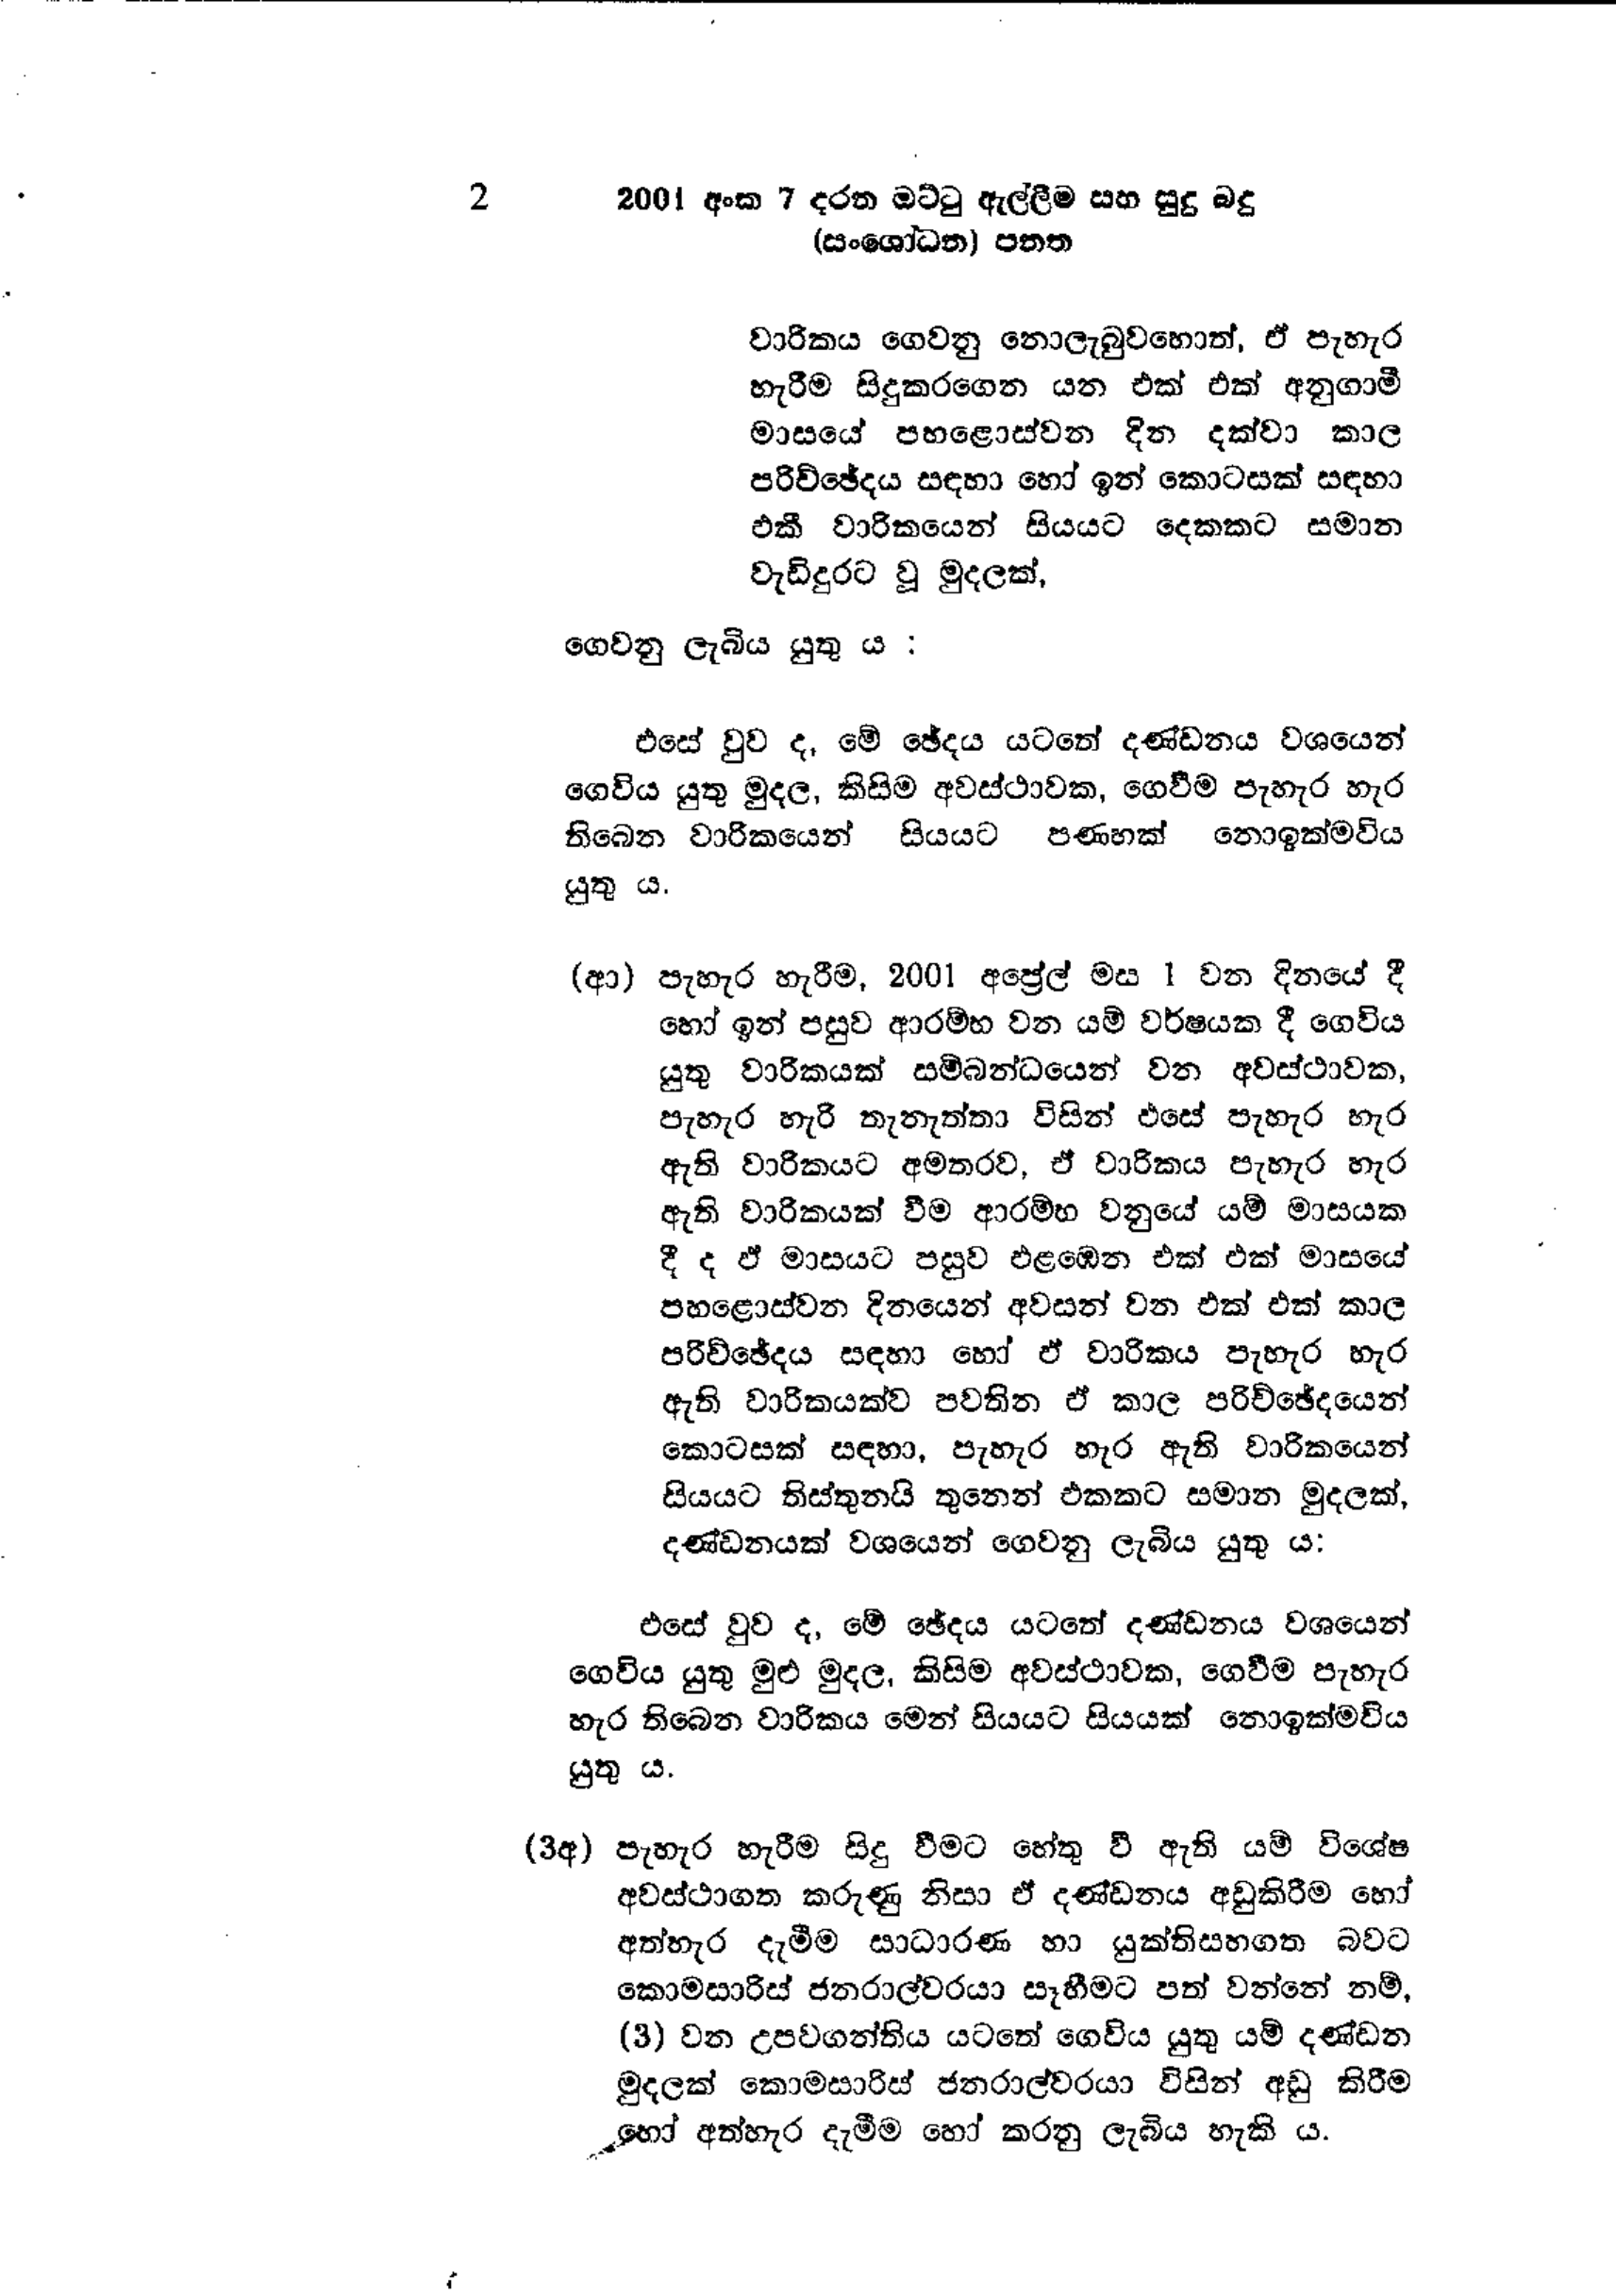
2 2001 අංක 7 දරන ඔට්ටු ඇල්ලීම සහ සුදු බදු
(සංශෝධන) පනත

වාරිකය ගෙවනු නොලැබුවහොත්, ඒ පැහැර
හැරීම සිදුකරගෙන යන එක් එක් අනුගාමී
මාසයේ පහළොස්වන දින දක්වා කාල
පරිච්ඡේදය සඳහා හෝ ඉන් කොටසක් සඳහා
එකී වාරිකයෙන් සියයට දෙකකට සමාන
වැඩිදුරට වූ මුදලක්,

ගෙවනු ලැබිය යුතු ය:

එසේ වුවද, මේ ඡේදය යටතේ දණ්ඩනය වශයෙන්
ගෙවිය යුතු මුදල, කිසිම අවස්ථාවක, ගෙවීම පැහැර හැර
තිබෙන වාරිකයෙන් සියයට පණහක් නොඉක්මවිය
යුතු ය.

(ආ) පැහැර හැරීම, 2001 අප්‍රේල් මස 1 වන දිනයේ දී
හෝ ඉන් පසුව ආරම්භ වන යම් වර්ෂයක දී ගෙවිය
යුතු වාරිකයක් සම්බන්ධයෙන් වන අවස්ථාවක,
පැහැර හැරි තැනැත්තා විසින් එසේ පැහැර හැර
ඇති වාරිකයට අමතරව, ඒ වාරිකය පැහැර හැර
ඇති වාරිකයක් වීම ආරම්භ වනුයේ යම් මාසයක
දී ද ඵ් මාසයට පසුව එළඹෙන එක් එක් මාසයේ
පහළොස්වන දිනයෙන් අවසන් වන එක් එක් කාල
පරිච්ඡේදය සඳහා හෝ ඒ වාරිකය පැහැර හැර
ඇති වාරිකයක්ව පවතින ඒ කාල පරිච්ඡේදයෙන්
කොටසක් සඳහා, පැහැර හැර ඇති වාරිකයෙන්
සියයට තිස්තුනයි තුනෙන් එකකට සමාන මුදලක්,
දණ්ඩනයක් වශයෙන් ගෙවනු ලැබිය යුතු ය:

එසේ වුව ද, මේ ඡේදය යටතේ දණ්ඩනය වශයෙන්
ගෙවිය යුතු මුළු මුදල, කිසිම අවස්ථාවක, ගෙවීම පැහැර
හැර තිබෙන වාරිකය මෙන් සියයට සියයක් නොඉක්මවිය
යුතු ය.

(3අ) පැහැර හැරීම සිදු වීමට හේතු වී ඇති යම් විශේෂ
අවස්ථාගත කරුණු නිසා ඒ දණ්ඩනය අඩුකිරීම හෝ
අත්හැර දැමීම සාධාරණ හා යුක්ති සහගත බවට
කොමසාරිස් ජනරාල්වරයා සෑහීමට පත් වන්නේ නම්,
(3) වන උපවගන්තිය යටතේ ගෙවිය යුතු යම් දණ්ඩන
මුදලක් කොමසාරිස් ජනරාල්වරයා විසින් අඩු කිරීම
හෝ අත්හැර දැමීම හෝ කරනු ලැබිය හැකි ය.